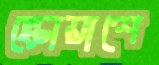
স্কোয়াশে